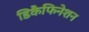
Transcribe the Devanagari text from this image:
डिकैफिनेशन